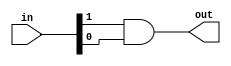
`timescale 1ns / 1ps
//////////////////////////////////////////////////////////////////////////////////
// Company: 
// Engineer: 
// 
// Design Name: 
// Module Name: and_or
// Project Name: 
// Target Devices: 
// Tool Versions: 
// Description: 
// 
// Dependencies: 
// 
// Revision:
// Revision 0.01 - File Created
// Additional Comments:
// 
//////////////////////////////////////////////////////////////////////////////////


    module and2
    (input [1:0] in, output out);    
        assign out = in[1] & in[0]; 
    endmodule 
    
    module or2 
    (input [1:0] in, output out);    
        assign out = in[1] | in[0]; 
    endmodule 
    
    module and_or
    (input [3:0] in, output out);    
        wire [1:0] sig;    
        
        and2 A1 (in[3:2], sig[1]);    
        and2 A2 (in[1:0], sig[0]);    
        or2  O1 (sig, out); 
    endmodule